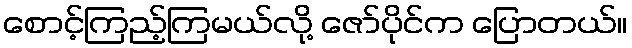
စောင့်ကြည့်ကြမယ်လို့ ဇော်ပိုင်က ပြောတယ်။